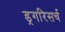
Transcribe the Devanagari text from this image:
ड्रगरिसर्च